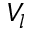
V _ { l }